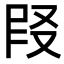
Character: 𪠪